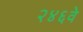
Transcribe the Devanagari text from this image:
२४६वे